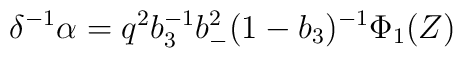
\delta^{-1}\alpha = q^{2} b_3^{-1}b_-^2(1-b_3)^{-1}\Phi_1(Z)